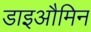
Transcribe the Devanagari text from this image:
डाइऔमिन